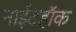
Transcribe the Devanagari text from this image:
नाईटहॉक